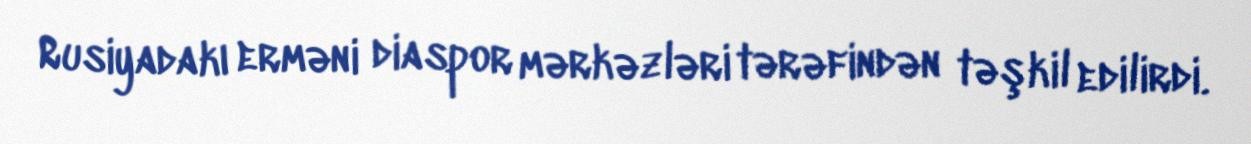
Rusiyadakı erməni diaspor mərkəzləri tərəfindən təşkil edilirdi.